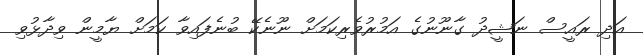
އަދި ރައީސް ނަޝީދު ގާނޫނުގެ އަމުރުވެރިކަމަށް ނޫނެކޭ ބުނެފައިވާ ކަމަށް ޔާމީން ވިދާޅުވި